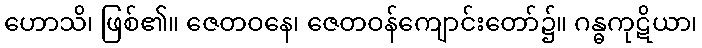
ဟောသိ၊ ဖြစ်၏။ ဇေတဝနေ၊ ဇေတဝန်ကျောင်းတော်၌။ ဂန္ဓကုဋိယာ၊